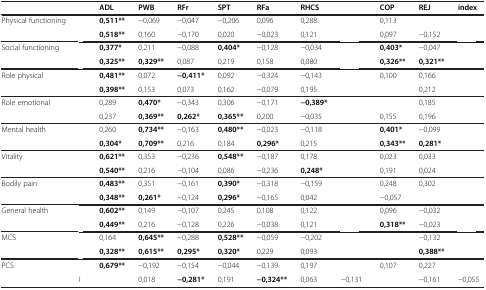
<table><thead><tr><td colspan="2">[EMPTY_CELL]</td><td><b>ADL</b></td><td><b>PWB</b></td><td><b>RFr</b></td><td><b>SPT</b></td><td><b>RFa</b></td><td><b>RHCS</b></td><td>[EMPTY_CELL]</td><td><b>COP</b></td><td><b>REJ</b></td><td><b>index</b></td></tr></thead><tbody><tr><td>Physical functioning</td><td>[EMPTY_CELL]</td><td><b>0,511**</b></td><td>−0,069</td><td>−0,047</td><td>−0,206</td><td>0,096</td><td>0,288</td><td>[EMPTY_CELL]</td><td>0,113</td><td>[EMPTY_CELL]</td><td>[EMPTY_CELL]</td></tr><tr><td>[EMPTY_CELL]</td><td>[EMPTY_CELL]</td><td><b>0,518**</b></td><td>0,160</td><td>−0,170</td><td>0,020</td><td>−0,023</td><td>0,121</td><td>[EMPTY_CELL]</td><td>0,097</td><td>−0,152</td><td>[EMPTY_CELL]</td></tr><tr><td>Social functioning</td><td>[EMPTY_CELL]</td><td><b>0,377*</b></td><td>0,211</td><td>−0,088</td><td><b>0,404*</b></td><td>−0,128</td><td>−0,034</td><td>[EMPTY_CELL]</td><td><b>0,403*</b></td><td>−0,047</td><td>[EMPTY_CELL]</td></tr><tr><td>[EMPTY_CELL]</td><td>[EMPTY_CELL]</td><td><b>0,325**</b></td><td><b>0,329**</b></td><td>0,087</td><td>0,219</td><td>0,158</td><td>0,080</td><td>[EMPTY_CELL]</td><td><b>0,326**</b></td><td><b>0,321**</b></td><td>[EMPTY_CELL]</td></tr><tr><td>Role physical</td><td>[EMPTY_CELL]</td><td><b>0,481**</b></td><td>0,072</td><td><b>−0,411*</b></td><td>0,092</td><td>−0,324</td><td>−0,143</td><td>[EMPTY_CELL]</td><td>0,100</td><td>0,166</td><td>[EMPTY_CELL]</td></tr><tr><td>[EMPTY_CELL]</td><td>[EMPTY_CELL]</td><td><b>0,398**</b></td><td>0,153</td><td>0,073</td><td>0,162</td><td>−0,079</td><td>0,195</td><td>[EMPTY_CELL]</td><td>[EMPTY_CELL]</td><td>0,212</td><td>[EMPTY_CELL]</td></tr><tr><td>Role emotional</td><td>[EMPTY_CELL]</td><td>0,289</td><td><b>0,470*</b></td><td>−0,343</td><td>0,306</td><td>−0,171</td><td><b>−0,389*</b></td><td>[EMPTY_CELL]</td><td>[EMPTY_CELL]</td><td>0,185</td><td>[EMPTY_CELL]</td></tr><tr><td>[EMPTY_CELL]</td><td>[EMPTY_CELL]</td><td>0,237</td><td><b>0,369**</b></td><td><b>0,262*</b></td><td><b>0,365**</b></td><td>0,200</td><td>−0,035</td><td>[EMPTY_CELL]</td><td>0,155</td><td>0,196</td><td>[EMPTY_CELL]</td></tr><tr><td>Mental health</td><td>[EMPTY_CELL]</td><td>0,260</td><td><b>0,734**</b></td><td>−0,163</td><td><b>0,480**</b></td><td>−0,023</td><td>−0,118</td><td>[EMPTY_CELL]</td><td><b>0,401*</b></td><td>−0,099</td><td>[EMPTY_CELL]</td></tr><tr><td>[EMPTY_CELL]</td><td>[EMPTY_CELL]</td><td><b>0,304*</b></td><td><b>0,709**</b></td><td>0,216</td><td>0,184</td><td><b>0,296*</b></td><td>0,215</td><td>[EMPTY_CELL]</td><td><b>0,343**</b></td><td><b>0,281*</b></td><td>[EMPTY_CELL]</td></tr><tr><td>Vitality</td><td>[EMPTY_CELL]</td><td><b>0,621**</b></td><td>0,353</td><td>−0,236</td><td><b>0,548**</b></td><td>−0,187</td><td>0,178</td><td>[EMPTY_CELL]</td><td>0,023</td><td>0,033</td><td>[EMPTY_CELL]</td></tr><tr><td>[EMPTY_CELL]</td><td>[EMPTY_CELL]</td><td><b>0,540**</b></td><td>0,216</td><td>−0,104</td><td>0,086</td><td>−0,236</td><td><b>0,248*</b></td><td>[EMPTY_CELL]</td><td>0,191</td><td>0,024</td><td>[EMPTY_CELL]</td></tr><tr><td>Bodily pain</td><td>[EMPTY_CELL]</td><td><b>0,483**</b></td><td>0,351</td><td>−0,161</td><td><b>0,390*</b></td><td>−0,318</td><td>−0,159</td><td>[EMPTY_CELL]</td><td>0,248</td><td>0,302</td><td>[EMPTY_CELL]</td></tr><tr><td>[EMPTY_CELL]</td><td>[EMPTY_CELL]</td><td><b>0,348**</b></td><td><b>0,261*</b></td><td>−0,124</td><td><b>0,296*</b></td><td>−0,165</td><td>0,042</td><td>[EMPTY_CELL]</td><td>−0,057</td><td>[EMPTY_CELL]</td><td>[EMPTY_CELL]</td></tr><tr><td>General health</td><td>[EMPTY_CELL]</td><td><b>0,602**</b></td><td>0,149</td><td>−0,107</td><td>0,245</td><td>0,108</td><td>0,122</td><td>[EMPTY_CELL]</td><td>0,096</td><td>−0,032</td><td>[EMPTY_CELL]</td></tr><tr><td>[EMPTY_CELL]</td><td>[EMPTY_CELL]</td><td><b>0,449**</b></td><td>0,216</td><td>−0,128</td><td>0,226</td><td>−0,038</td><td>0,121</td><td>[EMPTY_CELL]</td><td><b>0,318**</b></td><td>−0,023</td><td>[EMPTY_CELL]</td></tr><tr><td>MCS</td><td>[EMPTY_CELL]</td><td>0,164</td><td><b>0,645**</b></td><td>−0,288</td><td><b>0,528**</b></td><td>−0,059</td><td>−0,202</td><td>[EMPTY_CELL]</td><td>[EMPTY_CELL]</td><td>−0,132</td><td>[EMPTY_CELL]</td></tr><tr><td>[EMPTY_CELL]</td><td>[EMPTY_CELL]</td><td><b>0,328**</b></td><td><b>0,615**</b></td><td><b>0,295*</b></td><td><b>0,320*</b></td><td>0,229</td><td>0,093</td><td>[EMPTY_CELL]</td><td>[EMPTY_CELL]</td><td><b>0,388**</b></td><td>[EMPTY_CELL]</td></tr><tr><td rowspan="2">PCS</td><td>[EMPTY_CELL]</td><td><b>0,679**</b></td><td>−0,192</td><td>−0,154</td><td>−0,044</td><td>−0,139</td><td>0,197</td><td>[EMPTY_CELL]</td><td>0,107</td><td>0,227</td><td>[EMPTY_CELL]</td></tr><tr><td>I</td><td>[EMPTY_CELL]</td><td>0,018</td><td><b>−0,281*</b></td><td>0,191</td><td><b>−0,324**</b></td><td>0,063</td><td>−0,131</td><td>[EMPTY_CELL]</td><td>−0,161</td><td>−0,055</td></tr></tbody></table>